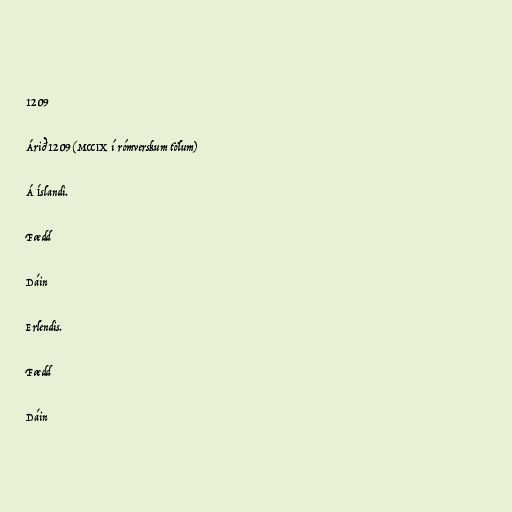
1209

Árið 1209 (MCCIX í rómverskum tölum)

Á Íslandi.

Fædd

Dáin

Erlendis.

Fædd

Dáin